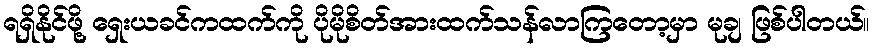
ရရှိနိုင်ဖို့ ရှေးယခင်ကထက်ကို ပိုမိုစိတ်အားထက်သန်လာကြတော့မှာ မုချ ဖြစ်ပါတယ်။